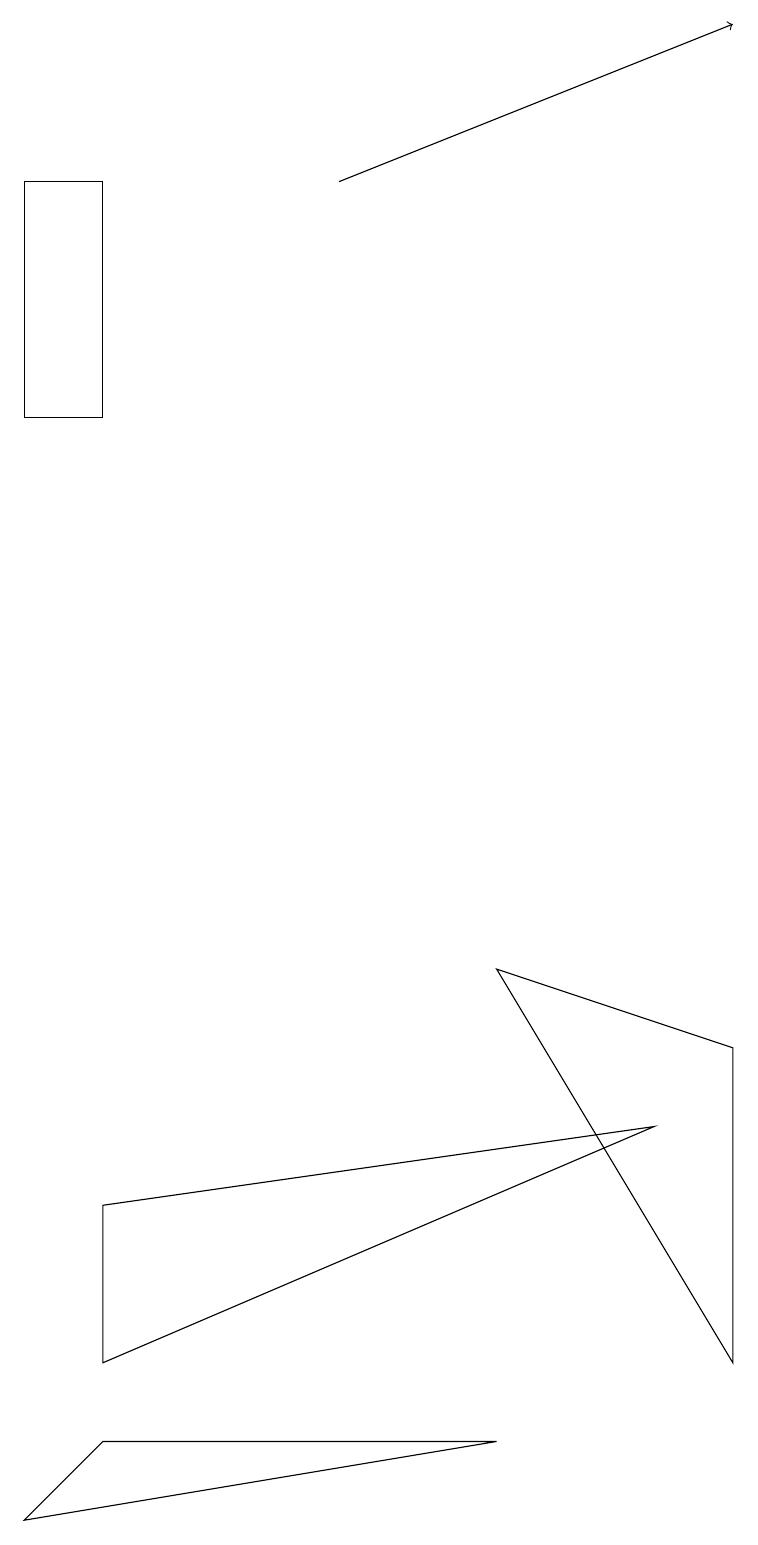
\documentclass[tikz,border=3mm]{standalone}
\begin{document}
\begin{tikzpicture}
\draw[->] (4,17) -- (9,19);
\draw (8,5) -- (1,2) -- (1,4) -- cycle;
\draw (9,2) -- (9,6) -- (6,7) -- cycle;
\draw (0,0) -- (6,1) -- (1,1) -- cycle;
\draw (0,17) rectangle (1,14);
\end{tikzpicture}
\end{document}